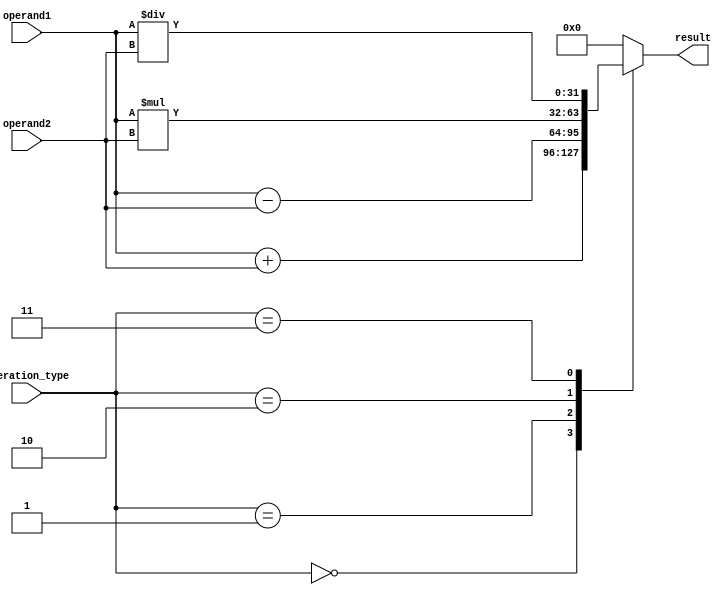
module FixedPointFloatingPointUnit (
    input [31:0] operand1, operand2,
    input [2:0] operation_type,
    output reg [31:0] result
);

always @(*)
begin
    case(operation_type)
        3'b000: result = operand1 + operand2; // Addition
        3'b001: result = operand1 - operand2; // Subtraction
        3'b010: result = operand1 * operand2; // Multiplication
        3'b011: result = operand1 / operand2; // Division
        default: result = 0; // Default to zero
    endcase
end

endmodule